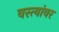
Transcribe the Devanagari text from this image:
वस्त्यांवर